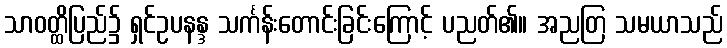
သာဝတ္ထိပြည်၌ ရှင်ဥပနန္ဒ သင်္ကန်းတောင်းခြင်းကြောင့် ပညတ်၏။ အညတြ သမယာသည်